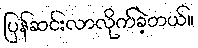
ပြန်ဆင်းလာလိုက်ခဲ့တယ်။